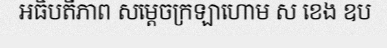
អធិបតីភាព សម្តេចក្រឡាហោម ស ខេង ឧប